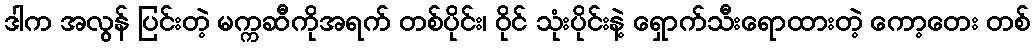
ဒါက အလွန် ပြင်းတဲ့ မက္ကဆီကိုအရက် တစ်ပိုင်း၊ ဝိုင် သုံးပိုင်းနဲ့ ရှောက်သီးရောထားတဲ့ ကော့တေး တစ်